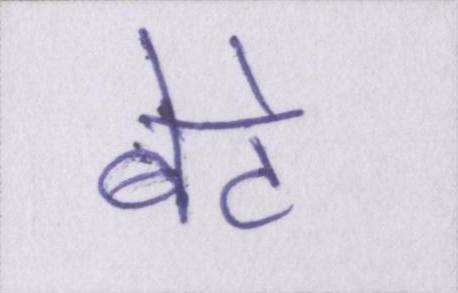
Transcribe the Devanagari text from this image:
बेटे